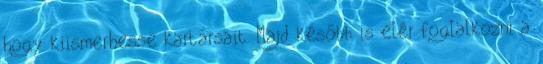
hogy kiismerhesse kartársait. Majd később is elér foglalkozni a